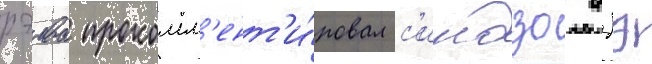
рэива прокомм'ент'и́ровал с'индзо абэ